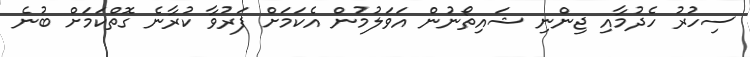
ސިހުރު ހެދުމާއި ޖިންނި ޝައިތޯނުން އަވަލުމުން އެކަމަށް ފަރުވާ ކުރާނެ ގޮތްކަމަށް ބުނެ